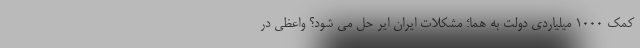
کمک 1000 میلیاردی دولت به هما؛ مشکلات ایران ایر حل می شود؟ واعظی در